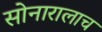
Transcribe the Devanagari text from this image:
सोनारालाच